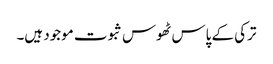
ترکی کے پاس ٹھوس ثبوت موجود ہیں۔